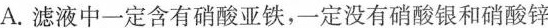
A.滤液中一定含有硝酸亚铁，一定没有硝酸银和硝酸锌